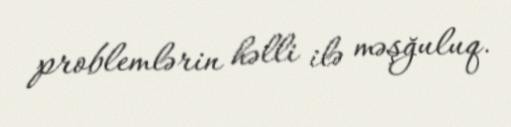
problemlərin həlli ilə məşğuluq.